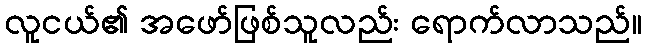
လူငယ်၏ အဖော်ဖြစ်သူလည်း ရောက်လာသည်။